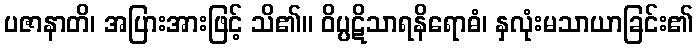
ပဇာနာတိ၊ အပြားအားဖြင့် သိ၏။ ဝိပ္ပဋိသာရနိရောဓံ၊ နှလုံးမသာယာခြင်း၏